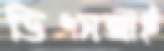
ডিএসআই